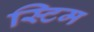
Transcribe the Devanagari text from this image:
स्टिम